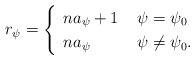
LaTeX: \begin{align*}r_{\psi} = \begin{cases}\begin{array}{ll}na_{\psi}+1 & \; \psi = \psi_0\\na_{\psi} & \; \psi \neq \psi_0.\end{array}\end{cases}\end{align*}